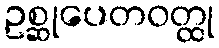
ဥစ္ဆုပေတဝတ္ထု